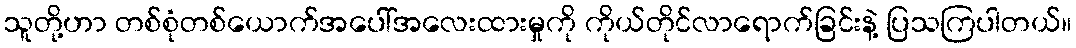
သူတို့ဟာ တစ်စုံတစ်ယောက်အပေါ်အလေးထားမှုကို ကိုယ်တိုင်လာရောက်ခြင်းနဲ့ ပြသကြပါတယ်။